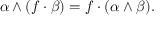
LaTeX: \alpha \wedge ( f \cdot \beta ) = f \cdot ( \alpha \wedge \beta ) .